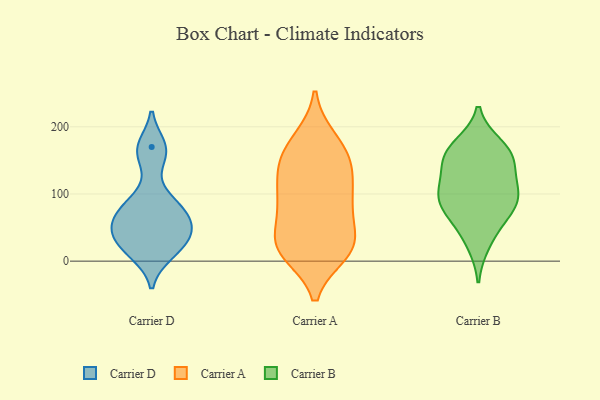
{"axis": {"x": "Market Share (%)", "y": "Value"}, "legend": ["Carrier A", "Carrier B", "Carrier D"], "data": [{"x": "", "y": 49, "type": "Carrier D"}, {"x": "", "y": 159, "type": "Carrier D"}, {"x": "", "y": 32, "type": "Carrier D"}, {"x": "", "y": 53, "type": "Carrier D"}, {"x": "", "y": 170, "type": "Carrier D"}, {"x": "", "y": 85, "type": "Carrier D"}, {"x": "", "y": 84, "type": "Carrier D"}, {"x": "", "y": 12, "type": "Carrier D"}, {"x": "", "y": 22, "type": "Carrier D"}, {"x": "", "y": 62, "type": "Carrier D"}, {"x": "", "y": 140, "type": "Carrier A"}, {"x": "", "y": 180, "type": "Carrier A"}, {"x": "", "y": 93, "type": "Carrier A"}, {"x": "", "y": 81, "type": "Carrier A"}, {"x": "", "y": 157, "type": "Carrier A"}, {"x": "", "y": 14, "type": "Carrier A"}, {"x": "", "y": 29, "type": "Carrier A"}, {"x": "", "y": 97, "type": "Carrier A"}, {"x": "", "y": 12, "type": "Carrier A"}, {"x": "", "y": 182, "type": "Carrier A"}, {"x": "", "y": 140, "type": "Carrier A"}, {"x": "", "y": 91, "type": "Carrier A"}, {"x": "", "y": 25, "type": "Carrier A"}, {"x": "", "y": 128, "type": "Carrier A"}, {"x": "", "y": 22, "type": "Carrier A"}, {"x": "", "y": 35, "type": "Carrier A"}, {"x": "", "y": 72, "type": "Carrier A"}, {"x": "", "y": 16, "type": "Carrier A"}, {"x": "", "y": 152, "type": "Carrier A"}, {"x": "", "y": 108, "type": "Carrier B"}, {"x": "", "y": 145, "type": "Carrier B"}, {"x": "", "y": 81, "type": "Carrier B"}, {"x": "", "y": 112, "type": "Carrier B"}, {"x": "", "y": 92, "type": "Carrier B"}, {"x": "", "y": 77, "type": "Carrier B"}, {"x": "", "y": 97, "type": "Carrier B"}, {"x": "", "y": 26, "type": "Carrier B"}, {"x": "", "y": 150, "type": "Carrier B"}, {"x": "", "y": 54, "type": "Carrier B"}, {"x": "", "y": 157, "type": "Carrier B"}, {"x": "", "y": 172, "type": "Carrier B"}, {"x": "", "y": 166, "type": "Carrier B"}]}